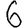
Digit: 6